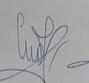
Signature authenticity: genuine